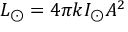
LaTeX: L _ { \odot } = 4 \pi k I _ { \odot } A ^ { 2 }